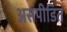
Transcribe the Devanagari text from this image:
असंपीडित